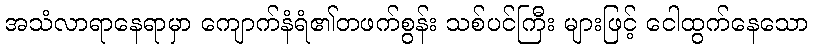
အသံလာရာနေရာမှာ ကျောက်နံရံ၏တဖက်စွန်း သစ်ပင်ကြီး များဖြင့် ငေါထွက်နေသော